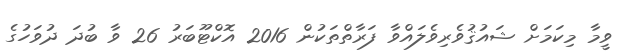
ވީމާ މިކަމަށް ޝައުޤުވެރިވެލައްވާ ފަރާތްތަކުން 2016 އޮކްޓޫބަރު 26 ވާ ބުދަ ދުވަހުގެ